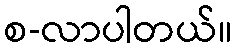
စ-လာပါတယ်။